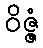
ဝိဇ္ဇံ